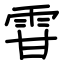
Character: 雸